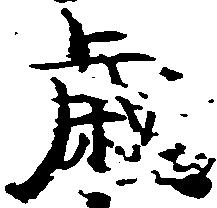
歳